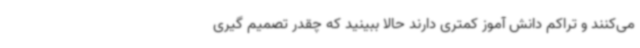
می‌کنند و تراکم دانش آموز کمتری دارند حالا ببینید که چقدر تصمیم گیری